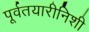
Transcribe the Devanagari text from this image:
पूर्वतयारीनिशी